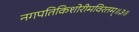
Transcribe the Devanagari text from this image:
नगपतिकिशोरीमविरतम्॥३॥